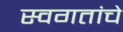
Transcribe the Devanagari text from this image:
स्वगतांचे